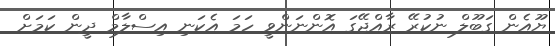
ޔޫއެން ގަބޫލް ނުކުރޭ ރާއްޖޭގަ އޮންނަންވީ ހަމަ އެކަނި އިސްލާމް ދީން ކަމަށް